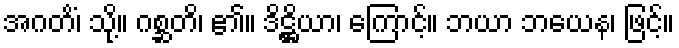
အဂတိံ၊ သို့။ ဂစ္ဆတိ၊ ၏။ ဒိဋ္ဌိယာ၊ ကြောင့်။ ဘယာ ဘယေန၊ ဖြင့်။